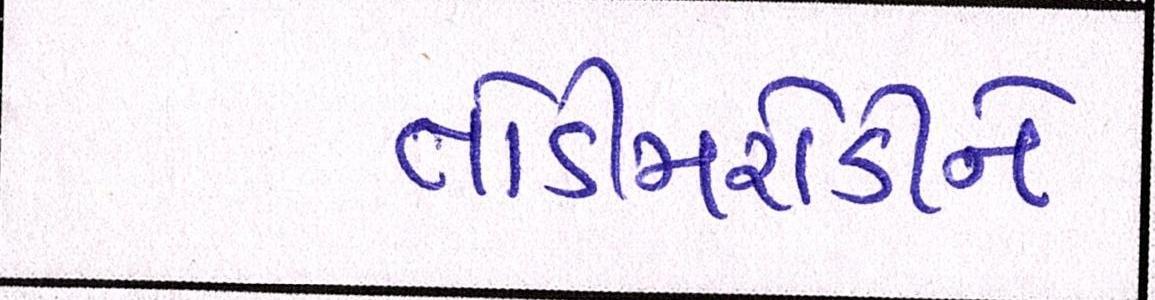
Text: તોડીમરોડીને